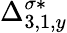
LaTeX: \Delta_{3,1,y}^{\sigma*}